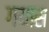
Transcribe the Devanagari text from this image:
गयास